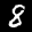
Label: 8